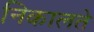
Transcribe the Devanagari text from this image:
निकालते